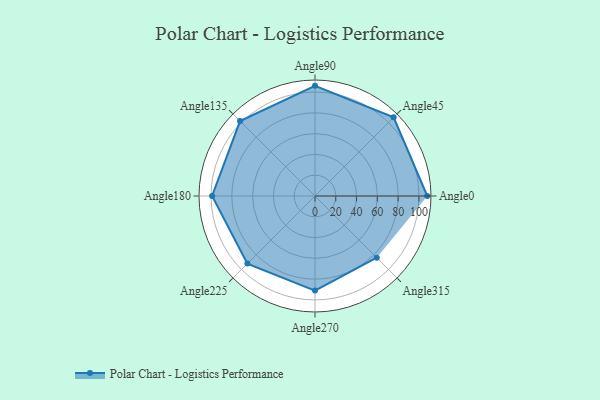
{"axis": {"x": "Angle", "y": "Radius"}, "legend": [""], "data": [{"x": "Angle0", "y": 108.0, "type": ""}, {"x": "Angle45", "y": 107.0, "type": ""}, {"x": "Angle90", "y": 106.0, "type": ""}, {"x": "Angle135", "y": 102.0, "type": ""}, {"x": "Angle180", "y": 99.0, "type": ""}, {"x": "Angle225", "y": 92.0, "type": ""}, {"x": "Angle270", "y": 91.0, "type": ""}, {"x": "Angle315", "y": 84.0, "type": ""}]}